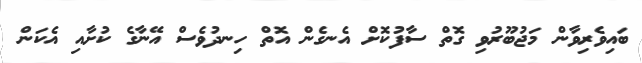
ބައިވެރިވާން މަޖުބޫރުވި ގޮތް ސާފުކޮށް އެނގެން އޮތް ހިނދުވެސް އޭނާގެ ކުށާއި އެކަން